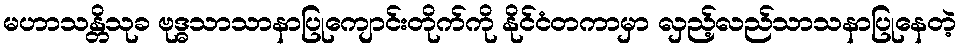
မဟာသန္တိသုခ ဗုဒ္ဓသာသာနာပြုကျောင်းတိုက်ကို နိုင်ငံတကာမှာ လှည့်လည်သာသနာပြုနေတဲ့